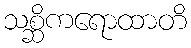
သစ္ဆိကရောထာတိ